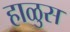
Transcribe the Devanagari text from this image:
हाळुस